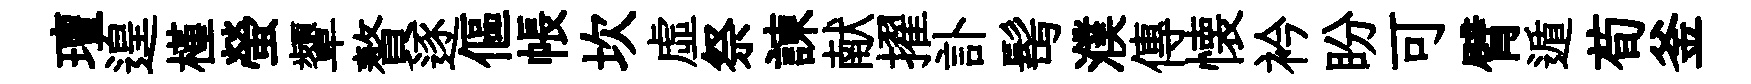
璮遑槿螢顰贅逐傴帳坎虛祭諫献擢訃髩濮傳懐衿盼可臂遁荀釜